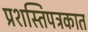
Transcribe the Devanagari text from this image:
प्रशस्तिपत्रकात